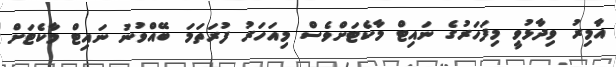
އާމިރު ވިދާޅުވީ މިފަހަރުގެ ނައިޓް މާކެޓަށްވެސް މިއަހަރު ފުރަތަމަ ބޭއްވުނު ނައިޓް މާކެޓަށް